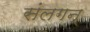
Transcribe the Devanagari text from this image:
संलगन्